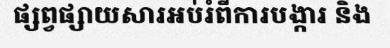
ផ្សព្វផ្សាយសារអប់រំពីការបង្ការ និង